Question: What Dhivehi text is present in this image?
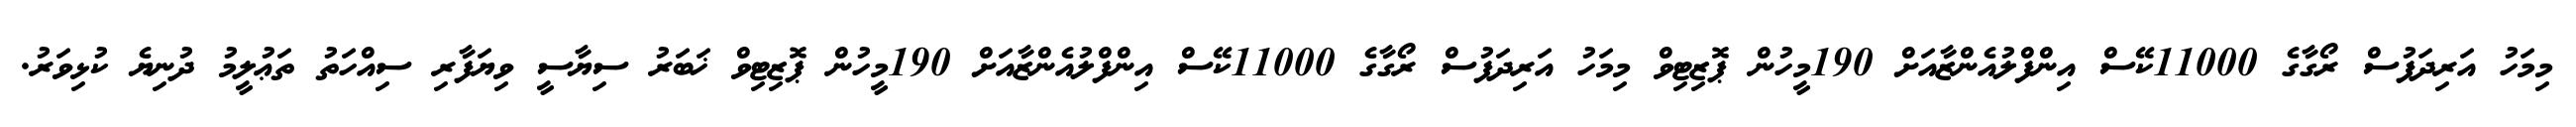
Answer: މިމަހު އަރިދަފުސް ރޯގާގެ 11000ކޭސް އިންފްލުއެންޒާއަށް 190މީހުން ޕޮޒިޓިވް މިމަހު އަރިދަފުސް ރޯގާގެ 11000ކޭސް އިންފްލުއެންޒާއަށް 190މީހުން ޕޮޒިޓިވް ޚަބަރު ސިޔާސީ ވިޔަފާރި ސިއްހަތު ތަޢުލީމު ދުނިޔެ ކުޅިވަރު.